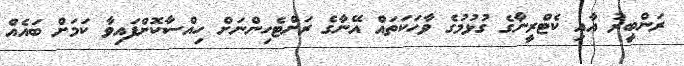
ރަންބީރު އާއި ކެޓްރީނާގެ ގުޅުމުގެ ވާހަކަތައް އޭނާގެ ރަށްޓެހިންނަށް ހިއްސާކޮށްފައިވާ ކަމަށް ބައެއް